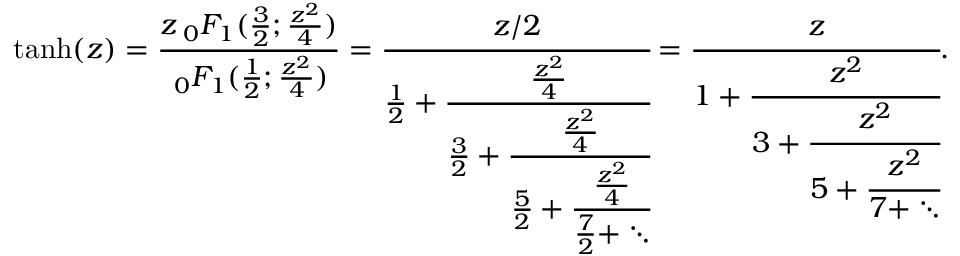
\operatorname { t a n h } ( z ) = { \frac { z \, _ { 0 } F _ { 1 } ( { \frac { 3 } { 2 } } ; { \frac { z ^ { 2 } } { 4 } } ) } { \, _ { 0 } F _ { 1 } ( { \frac { 1 } { 2 } } ; { \frac { z ^ { 2 } } { 4 } } ) } } = { \cfrac { z / 2 } { { \frac { 1 } { 2 } } + { \cfrac { \frac { z ^ { 2 } } { 4 } } { { \frac { 3 } { 2 } } + { \cfrac { \frac { z ^ { 2 } } { 4 } } { { \frac { 5 } { 2 } } + { \cfrac { \frac { z ^ { 2 } } { 4 } } { { \frac { 7 } { 2 } } + \ddots } } } } } } } } = { \cfrac { z } { 1 + { \cfrac { z ^ { 2 } } { 3 + { \cfrac { z ^ { 2 } } { 5 + { \cfrac { z ^ { 2 } } { 7 + \ddots } } } } } } } } .